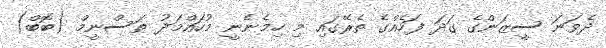
ދެވަނަ ސީޒަންގެ ގަދަ ފަހެއްގެ ތެރޭގައި މި ހިމެނެނީ މުހައްމަދު ތަސްނީމް (ބޮބް)